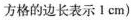
方格的边长表示Ⅰcm)